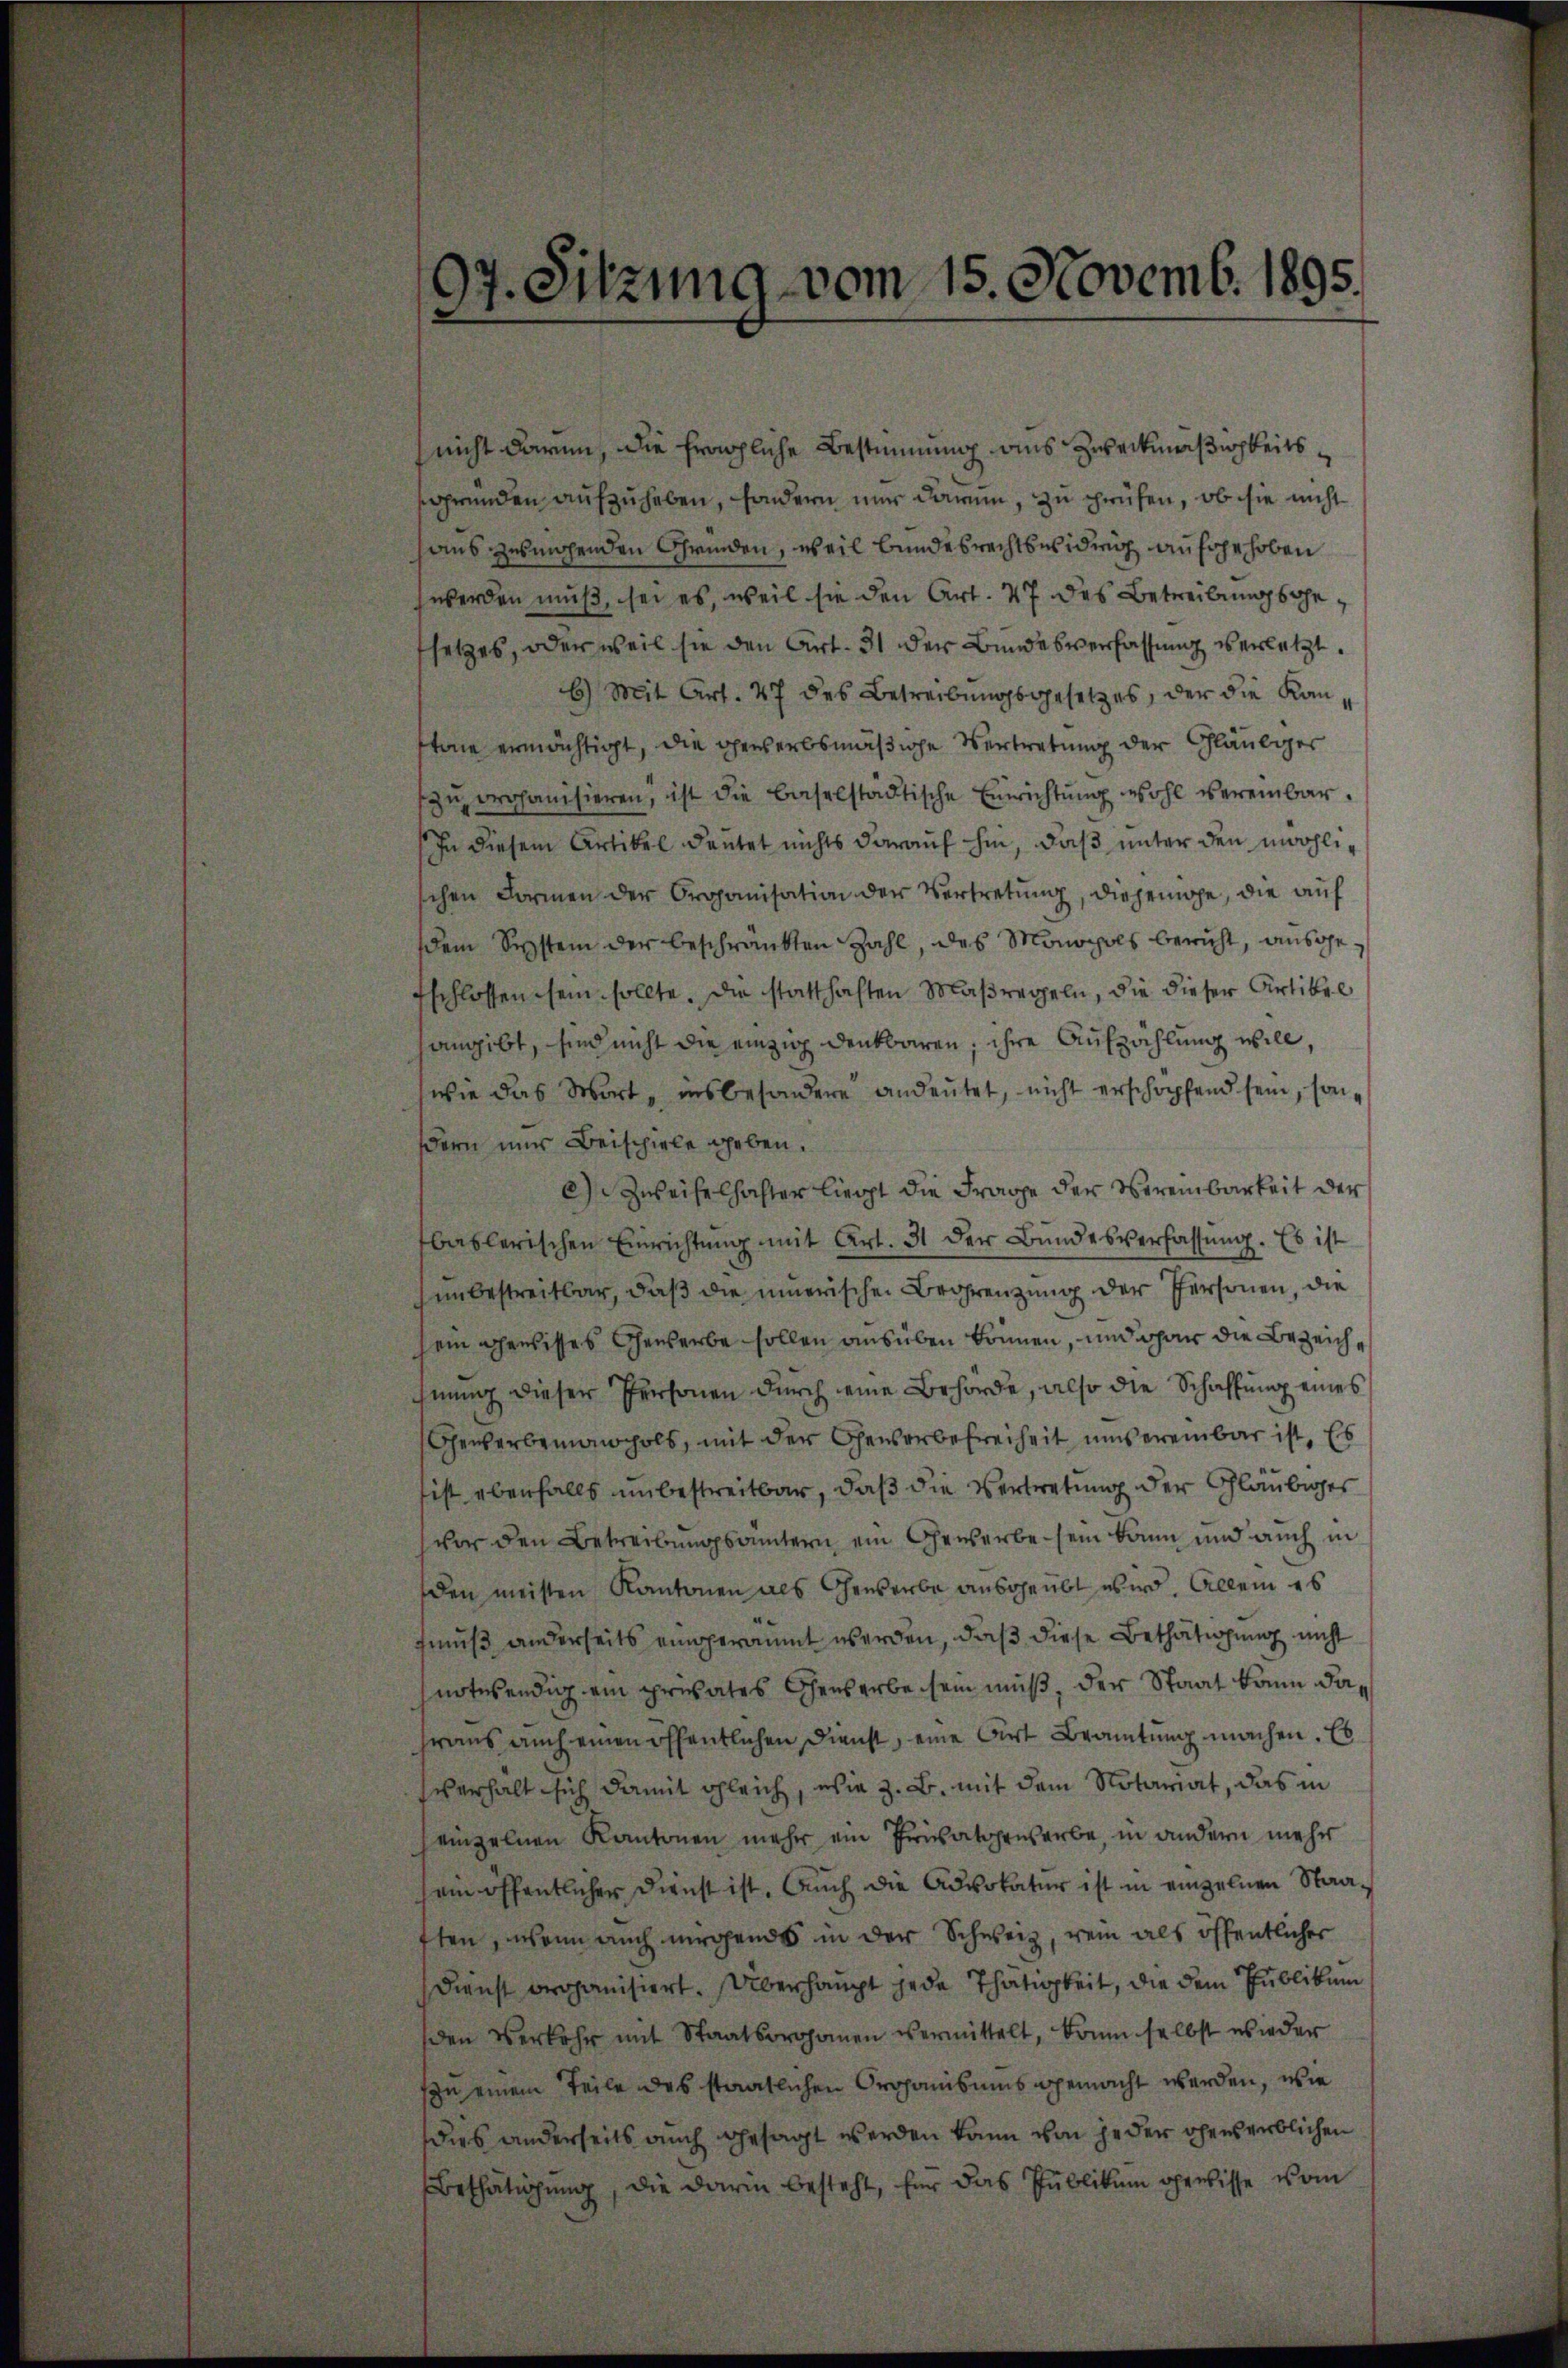
97. Sitzung vom 15. Novemb. 1895.

nicht darum, die fragliche Bestimmung aus Zweckmäßigkeitsgründen aufzuheben, sondern nur darum, zu prüfen, ob sie nicht
aus zumachenden Grinden, weil Bundesrechtswidrig aufgehoben
werden muß, sei es, weil sie den Art. 47 des Betreibungsgesetzes, oder weil sie den Art. 31 der Bundesverfassung verletzt.
6) Mit Art. 47 des Betreibungsgesetzes, der die Kanstone ermächtigt, die gewerbsmäßige Vertretung der Gläubiger
zu organisieren, ist die Baselstädtische Einrichtung wohl vereinbar.
In diesem Artikel deutet nichts darauf hin, daß unter den mahlichen Formen der Organisation der Vertretung, diejenige, die auf
dem System der beschränkten Zahl, des Monopols bericht, ausgeschlossen sein sollte. Die statthaften Maßregeln, die dieser Artikel
angibt, sind nicht die einzig denkbaren; ihre Aufzählung will,
wie das Wort, insbesondere andeutet, nicht erschöpfend sein, sonßern nur Beispiele geben.
a Zweifelhafter liegt die Frage der Vereinbarkeit der
baslerischen Einrichtŭng mit Art. 31 der Bŭndesverfassŭng. Es ist
unbestreitbar, daß die innerischen Begrenzung der Personen, die
sein gewisses Gewerbe sollen ausüben können, und war die Bezeichchnung dieser Personen durch eine Behörde, also die Schaffung eines
Gewerbemannhols, mit der Gewerbefreiheit unsereinbar ist. Es
ist ebenfalls unbestreitbar, daß die Vertretung der Gläubiges
vor den Betreibungsämtern ein Gewerbe sein kann und auch in
den meisten Kantonen als Gewerbe ausgeübt wird. Allein es
fmuß anderseits eingeräumt werden, daß diese Bethätigung nicht
notwendig ein privates Chensarbe sein muß, der Staat kann das
hraus auch einen öffentlichen Dienst, eine Art Beamtung machen. Es
verhalt sich damit gleich, wie z. B. mit dem Notariat, das in
einzelnen Kantonen mehr ein Privatgewerbe, in andern mehr
ei öffentlicher Dienst ist. Auch die Advokatur ist in einzelnen Staaften, wenn auch nirgends in der Schweiz, rein als öffentlicher
Dienst organisiert. Überhaupt jede Thätigkeit, die dem Publikum
den Verkehr mit Staatsrohanen vermittelt, kam selbst wieder
son einem Teile des staatlichen Organisums gemacht werden, wie
dies anderseits auch gesagt werden kann von jeder ohnes erblichen
ethätigung, die darin besteht, für das Publikum gewisse vom